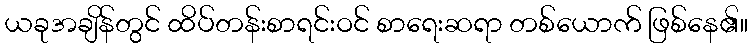
ယခုအချိန်တွင် ထိပ်တန်းစာရင်းဝင် စာရေးဆရာ တစ်ယောက် ဖြစ်နေ၏။